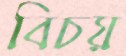
বিচয়